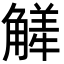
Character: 觲